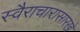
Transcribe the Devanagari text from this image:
स्वैराचारासारखे